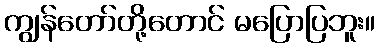
ကျွန်တော်တို့တောင် မပြောပြဘူး။